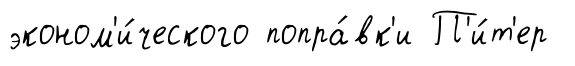
эконом'и́ческого попра́вк'и П'и́т'ер